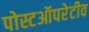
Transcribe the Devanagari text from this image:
पोस्टऑपरेटीव